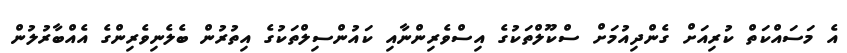
އެ މަސައްކަތް ކުރިއަށް ގެންދިއުމަށް ސްކޫލްތަކުގެ އިސްވެރިންނާއި ކައުންސިލްތަކުގެ އިތުރުން ބެލެނިވެރިންގެ އެއްބާރުލުން